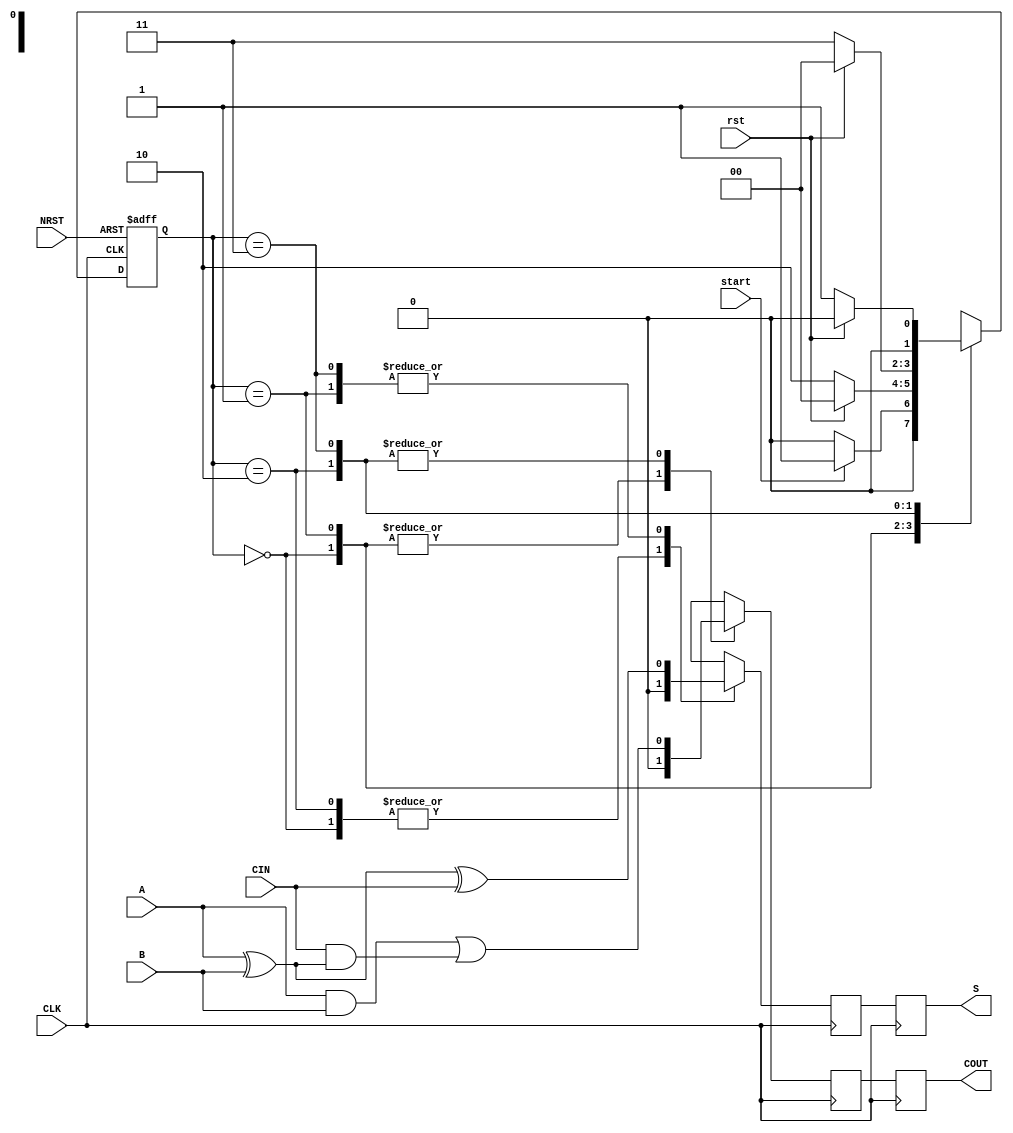
module StateMachine (
	CLK, NRST, start, rst,
	CIN, A, B, 
	S, COUT);
	//current_state);

// Initial: input and output declaration
input CLK, NRST, start, rst, CIN, A, B;
output S, COUT;//, current_state;
reg S_mid,COUT_mid, S_midd, COUT_midd;
//
parameter S0 = 2'b00;
parameter S1 = 2'b01;
parameter S2 = 2'b10;
parameter S3 = 2'b11;

//
reg [1:0] state, next_state;
reg S, COUT;

// CLK and NRST: Sequential Logic for the current state logic
always @ (posedge CLK or negedge NRST)
	if (!NRST)
		begin
			state <= S0;
		end
	else
		begin
			state <= next_state;
		end

// Combinational Outputs
//assign S = A ^ B ^ CIN;
//assign COUT = (A & B) | (CIN & (A ^ B));

always @(posedge CLK)
	begin
		S = S_midd;
		COUT = COUT_midd;
	end
always @(negedge CLK)
	begin
		S_midd = S_mid;
		COUT_midd = COUT_mid;
	end
// State Machine
always @ (state or start or rst)
	case (state)
		S0: begin
				S_mid = 0;
				COUT_mid = 0;
				if (start) 
					next_state = S1;
				else
					next_state = S0;
				
			end
		S1: begin
				S_mid = A ^ B ^ CIN;
				COUT_mid = 0;
				if (rst) // 1 effective
					next_state = S0;
				else
					next_state = S2;
				
			end
		S2: begin
				S_mid = 0;
				COUT_mid = (A & B) | (CIN & (A ^ B));
				if (rst)
					next_state = S0;
				else
					next_state = S3;
				
			end
		S3: begin
				S_mid = A ^ B ^ CIN;
				COUT_mid = (A & B) | (CIN & (A ^ B));
				if (rst)
					next_state = S0;
				else
					next_state = S1;
				
			end
		//default:
			//begin 
				//state = S0;
			//end
	endcase

endmodule